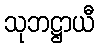
သုဘဋ္ဌာယီ